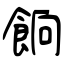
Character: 餉